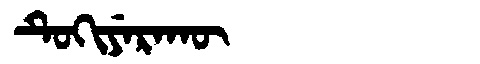
Manchu: ᡨᡠᡴᡳᠶᡝᡵᠠᡴᡡ
Romanization: TUKIYERAKŪ